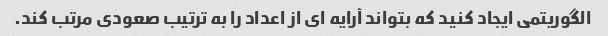
الگوریتمی ایجاد کنید که بتواند آرایه ای از اعداد را به ترتیب صعودی مرتب کند.